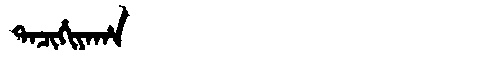
Manchu: ᡨᠠᠴᡳᡥᡳᠶᠠᡥᠠ
Romanization: TACIHIYAHA